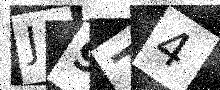
Text: J974